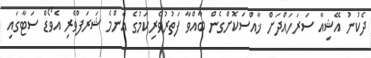
ދެކުނު އޭޝިއާ ސަރަހައްދަށް ޚާއްސަކޮށްގެން ބާއްވާ ފަތުރުވެރިކަމުގެ އެންމެ ޝަރަފްވެރި އެވޯޑް ސަޓާގައި